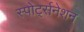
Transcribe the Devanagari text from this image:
स्पोर्ट्सनेशन